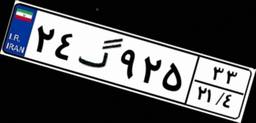
۲۴گ۹۲۵۳۳